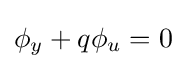
\phi _{y}+q\phi _{u}=0